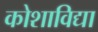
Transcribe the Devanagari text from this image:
कोशाविद्या